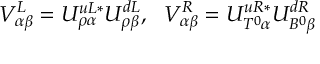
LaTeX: V _ { \alpha \beta } ^ { L } = U _ { \rho \alpha } ^ { u L * } U _ { \rho \beta } ^ { d L } , \ \ V _ { \alpha \beta } ^ { R } = U _ { T ^ { 0 } \alpha } ^ { u R * } U _ { B ^ { 0 } \beta } ^ { d R }